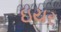
ઇયર